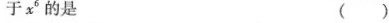
于x^{6}的是( )